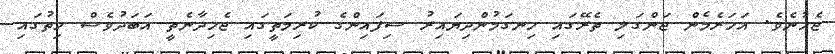
ޖެހުނެވެ. އަހަރެމެން ޖަންގަލި ތެރޭގައި ހިނގަމުންދިޔައިރު ސިފައިންގެ ކުރިމަތީގައި ޖެހިދާނެތީ އަބަދުވެސް ހިތުގައި